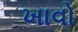
ખાવો